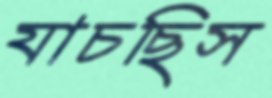
যাচছিস